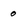
Character: o